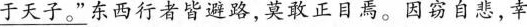
\underline{于天子。”}东西行者皆避路，莫敢正目焉。因窃自悲，幸